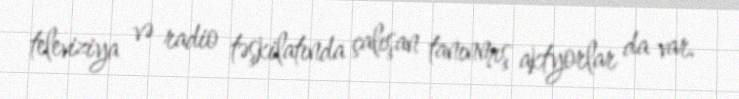
televiziya və radio təşkilatında çalışan tanınmış aktyorlar da var.